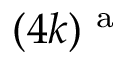
( 4 k ) ^ { \mathrm { ~ a ~ } }